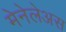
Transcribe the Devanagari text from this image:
मेनेलेअस